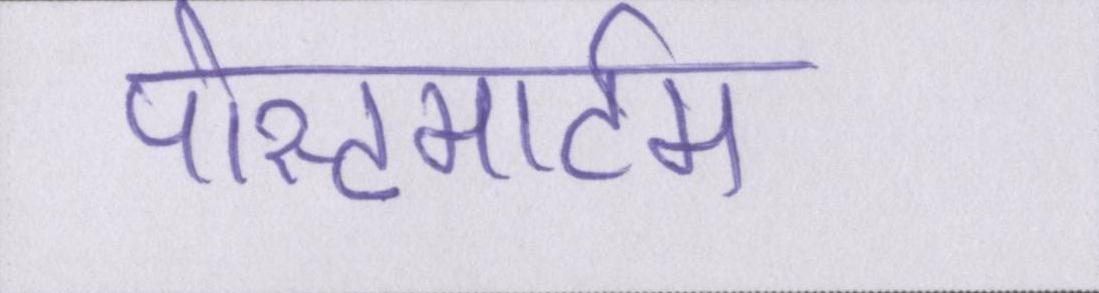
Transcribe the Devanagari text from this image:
पोस्टमार्टम